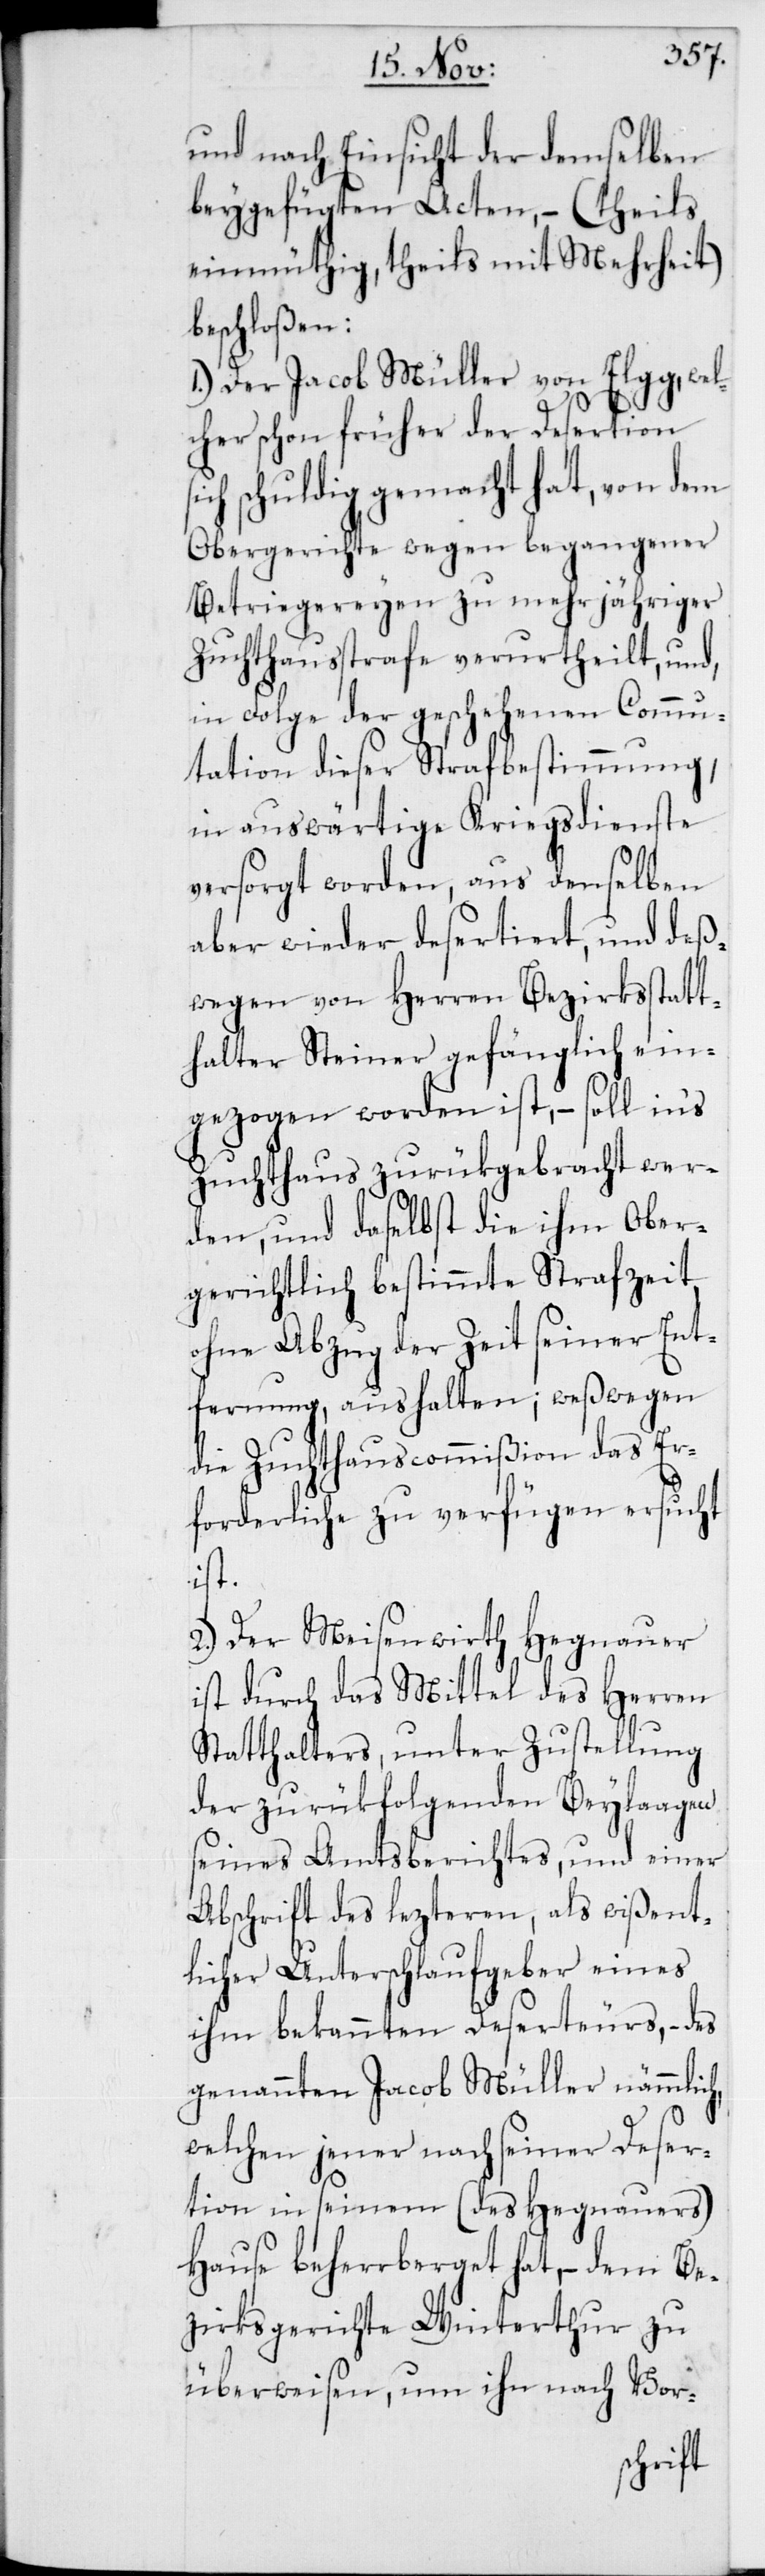
und nach Einsicht der demselben
beygefügten Acten, – (theils
einmüthig, theils mit Mehrheit)
beschloßen:
1. Der Jacob Müller von Elgg, wel¬
cher schon früher der Desertion
ich schuldig gemacht hat, von dem
Obergerichte wegen begangener
Betriegereyen zu mehrjähriger
Zuchthausstrafe verurtheilt, und,
in Folge der geschehenen Commu¬
tation dieser Strafbestimmung,
in auswärtige Kriegsdienste
versorgt worden, aus denselben
aber wieder desertiert, und deß¬
wegen von Herren Bezirksstatt¬
halter Steiner gefänglich ein¬
gezogen worden ist, – soll in’s
Zuchthaus zurükgebracht wer¬
den, und daselbst die ihm Ober¬
gerichtlich bestimmte Strafzeit,
ohne Abzug der Zeit seiner Ent¬
fernung, aushalten; weßwegen
die Zuchthauscommißion das Er¬
forderliche zu verfügen ersucht
ist.
2. Der Meisenwirth Hegnauer
ist durch das Mittel des Herren
Statthalters, unter Zustellung
der zurükfolgenden Beylaagen
seines Amtsberichtes, und einer
Abschrift des lezteren, als wißent¬
licher Unterschlaufgeber eines
ihm bekannten Deserteurs, – des
genannten Jacob Müller nämmlich,
welchen jener nach seiner Deser¬
tion in seinem (des Hegnauers)
Hause beherrberget hat, – dem Be¬
zirksgerichte Winterthur zu
überweisen, um ihn nach Vor-